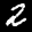
Label: 2